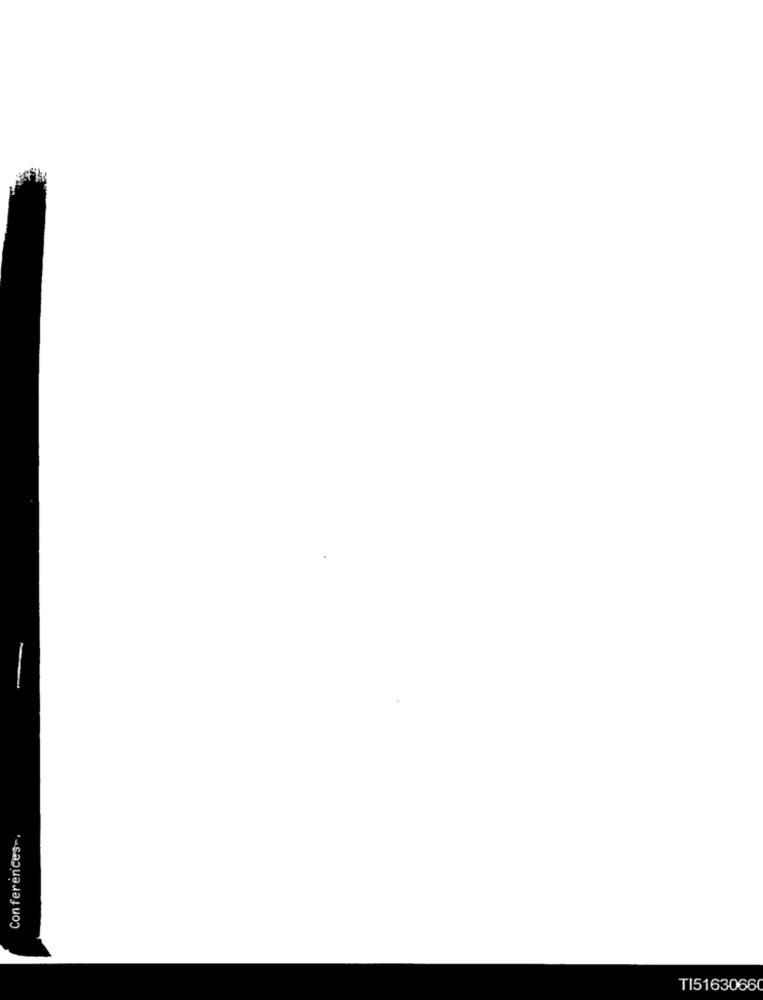
Conferences -.
TI5163066